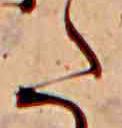
た